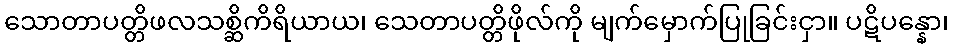
သောတာပတ္တိဖလသစ္ဆိကိရိယာယ၊ သေတာပတ္တိဖိုလ်ကို မျက်မှောက်ပြုခြင်းငှာ။ ပဋိပန္နော၊